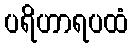
ပရိဟာရပထံ